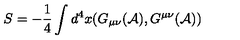
S = - \frac { 1 } { 4 } \int d ^ { 4 } x ( G _ { \mu \nu } ( { \cal A } ) , G ^ { \mu \nu } ( { \cal A } ) )